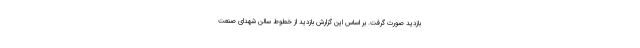
بازدید صورت گرفت. بر اساس این گزارش بازدید از خطوط سالن شهدای صنعت